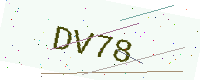
Text: DV78